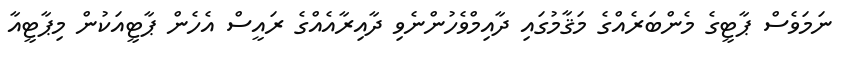
ނަމަވެސް ޕާޓީގެ މެންބަރެއްގެ މަޤާމުގައި ދާއިމްވެހުންނެވި ދާއިރާއެއްގެ ރައީސް އެހެން ޕާޓީއަކުން މިޕާޓީއާ